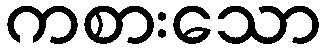
ကစားသော